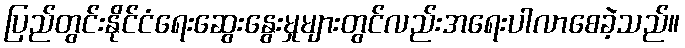
ပြည်တွင်းနိုင်ငံရေးဆွေးနွေးမှုများတွင်လည်းအရေးပါလာစေခဲ့သည်။